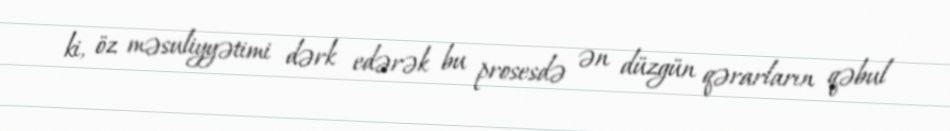
ki, öz məsuliyyətimi dərk edərək bu prosesdə ən düzgün qərarların qəbul